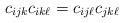
LaTeX: \begin{align*} c_{ijk} c_{ik\ell} = c_{ij\ell} c_{jk\ell} \end{align*}